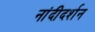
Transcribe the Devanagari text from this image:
नांदीदर्शन